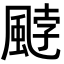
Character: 𩗓